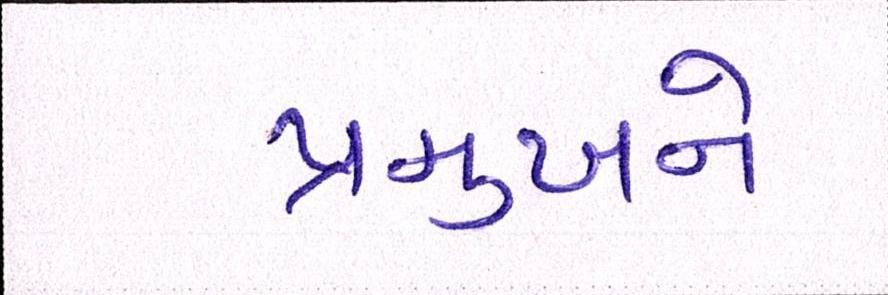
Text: પ્રમુખને